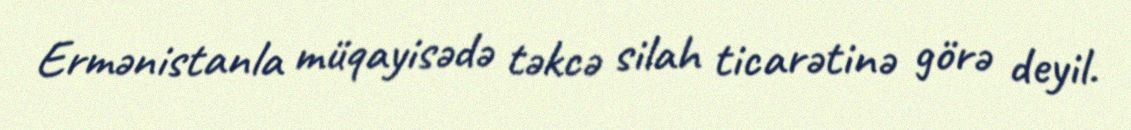
Ermənistanla müqayisədə təkcə silah ticarətinə görə deyil.